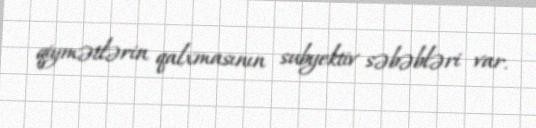
qiymətlərin qalxmasının subyektiv səbəbləri var.